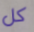
كل